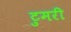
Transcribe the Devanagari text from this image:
टुमरी